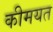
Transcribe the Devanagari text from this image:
कीमयत